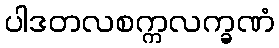
ပါဒတလစက္ကလက္ခဏံ